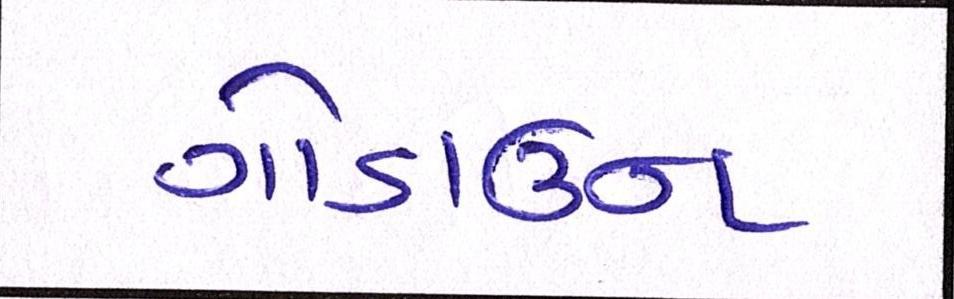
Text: ગોડાઉન